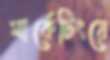
মার্কেটিংয়ে